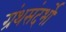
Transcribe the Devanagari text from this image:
ग्रंथसंदर्भों